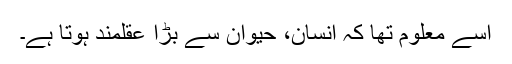
اسے معلوم تھا کہ انسان، حیوان سے بڑا عقلمند ہوتا ہے۔